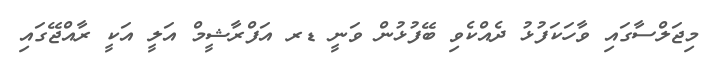
މިޖަލްސާގައި ވާހަކަފުޅު ދެއްކެވި ބޭފުޅުން ވަނީ ޑރ އަފްރާޝީމް އަލީ އަކީ ރާއްޖޭގައި